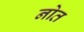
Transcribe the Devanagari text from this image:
नोत